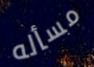
مسأله